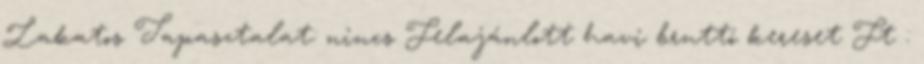
Lakatos Tapasztalat: nincs Felajánlott havi bruttó kereset Ft :